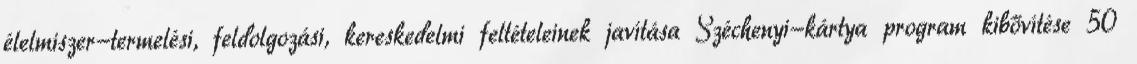
élelmiszer-termelési, feldolgozási, kereskedelmi feltételeinek javítása Széchenyi-kártya program kibővítése 50